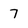
Character: 7